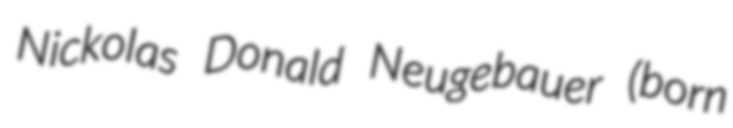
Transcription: Nickolas Donald Neugebauer (born